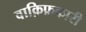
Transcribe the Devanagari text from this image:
वाक़िफ़कारी